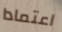
اعتمادا